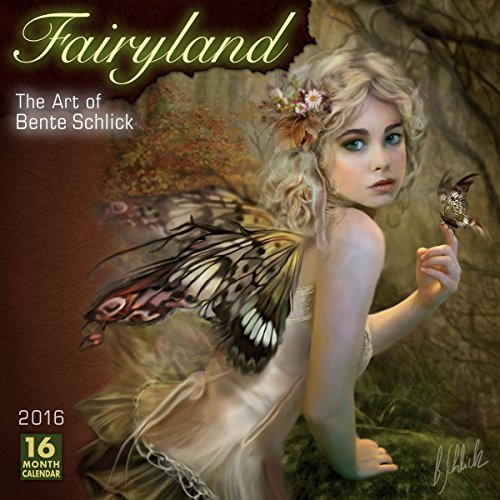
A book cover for Fairyland  Bente Schlick 2016 Wall Calendar; Bente Schlick; Calendars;